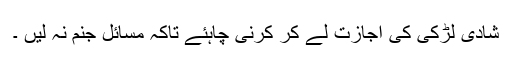
شادی لڑکی کی اجازت لے کر کرنی چاہئے تاکہ مسائل جنم نہ لیں ۔